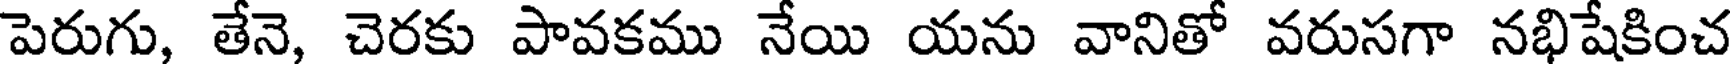
పెరుగు, తేనె, చెరకు పావకము నేయి యను వానితో వరుసగా నభిషేకించ